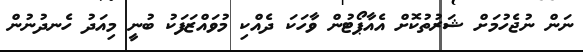
ނަން ނުޖެހުމަށް ޝަރުތުކޮށް އެއާޕޯޓުން ވާހަކަ ދެއްކި މުވައްޒަފަކު ބުނީ މިއަދު ހެނދުނުން